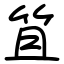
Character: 笡